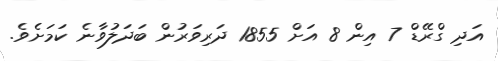
އަދި ގްރޭޑް 7 އިން 8 އަށް 1855 ދަރިވަރުން ބަދަލުވާނެ ކަމަށެވެ.